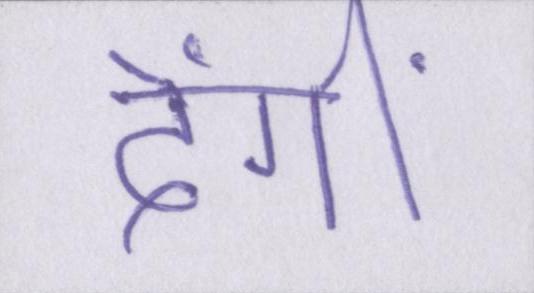
देंगीं